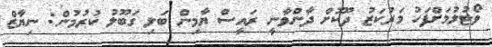
ވޯޓުލުމަށްފަހު މަރުކަޒު ދޫކޮށް ދާންވާނީ ރައީސް ޔާމިން ބަލި ގަބޫލު ކުރުމުން: ނިޔާޒް